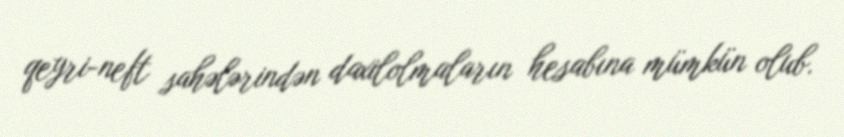
qeyri-neft sahələrindən daxilolmaların hesabına mümkün olub.